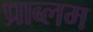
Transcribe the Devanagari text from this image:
प्राब्लम